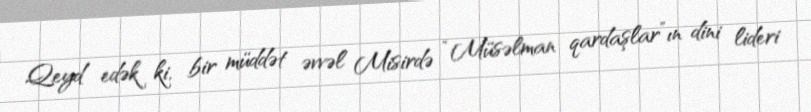
Qeyd edək ki, bir müddət əvvəl Misirdə “Müsəlman qardaşlar”ın dini lideri